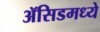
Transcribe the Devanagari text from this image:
ॲसिडमध्ये